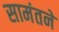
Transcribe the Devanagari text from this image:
सामंतने